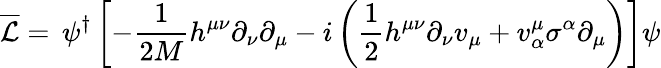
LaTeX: \overline{{{{\cal{L}}}}}=\, \psi^{\dagger}\left[-\frac{1}{2M}h^{\mu\nu}\partial_{\nu}\partial_{\mu}-i\left(\frac{1}{2}h^{\mu\nu}\partial_{\nu}v_{\mu}+v_{\alpha}^{\mu}\sigma^{\alpha}\partial_{\mu}\right)\right]\psi